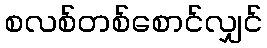
စလစ်တစ်စောင်လျှင်